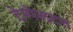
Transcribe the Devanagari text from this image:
टेम्पेलटन